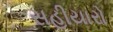
સહીયારો